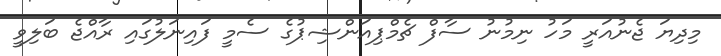
މިދިޔަ ޖެނުއަރީ މަހު ނިމުނު ސާފް ޗެމްޕިއަންޝިޕުގެ ސެމީ ފައިނަލުގައި ރާއްޖެ ބަލިވީ